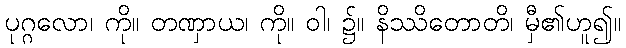
ပုဂ္ဂလော၊ ကို။ တဏှာယ၊ ကို။ ဝါ၊ ၌။ နိဿိတောတိ၊ မှီ၏ဟူ၍။